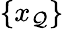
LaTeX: \left\{ x_{\mathcal{Q}}\right\}